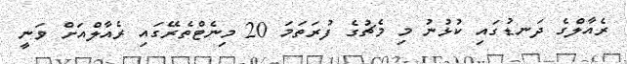
ރެއާލްގެ ދަނޑުގައި ކުޅުނު މި މެޗުގެ ފުރަތަމަ 20 މިނެޓްތެރޭގައި ރެއާލްއަށް ވަނީ